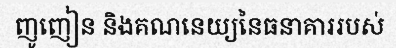
ញូញៀន និងគណនេយ្យនៃធនាគាររបស់